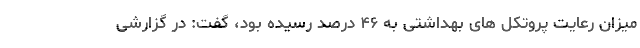
میزان رعایت پروتکل های بهداشتی به ۴۶ درصد رسیده بود، گفت: در گزارشی